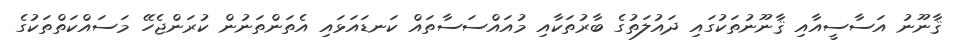
ޤާނޫނު އަސާސީއާއި ޤާނޫނުތަކުގައި ދައުލަތުގެ ބާރުތަކާއި މުއައްސަސާތައް ކަނޑައަޅައި އެތަންތަނުން ކުރަންޖެހޭ މަސައްކަތްތަކުގެ